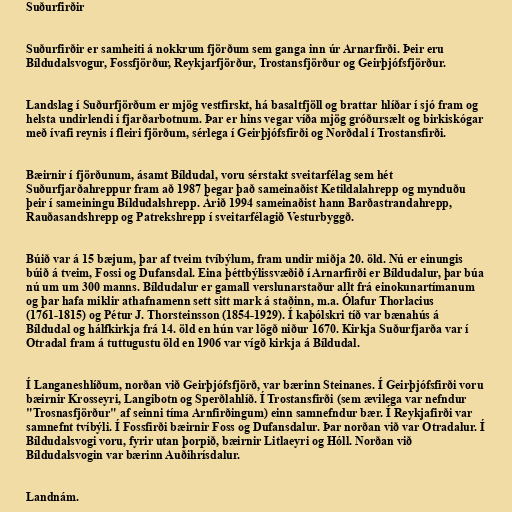
Suðurfirðir

Suðurfirðir er samheiti á nokkrum fjörðum sem ganga inn úr Arnarfirði. Þeir eru
Bíldudalsvogur, Fossfjörður, Reykjarfjörður, Trostansfjörður og Geirþjófsfjörður.

Landslag í Suðurfjörðum er mjög vestfirskt, há basaltfjöll og brattar hlíðar í sjó fram og
helsta undirlendi í fjarðarbotnum. Þar er hins vegar víða mjög gróðursælt og birkiskógar
með ívafi reynis í fleiri fjörðum, sérlega í Geirþjófsfirði og Norðdal í Trostansfirði.

Bæirnir í fjörðunum, ásamt Bíldudal, voru sérstakt sveitarfélag sem hét
Suðurfjarðahreppur fram að 1987 þegar það sameinaðist Ketildalahrepp og mynduðu
þeir í sameiningu Bíldudalshrepp. Árið 1994 sameinaðist hann Barðastrandahrepp,
Rauðasandshrepp og Patrekshrepp í sveitarfélagið Vesturbyggð.

Búið var á 15 bæjum, þar af tveim tvíbýlum, fram undir miðja 20. öld. Nú er einungis
búið á tveim, Fossi og Dufansdal. Eina þéttbýlissvæðið í Arnarfirði er Bíldudalur, þar búa
nú um um 300 manns. Bíldudalur er gamall verslunarstaður allt frá einokunartímanum
og þar hafa miklir athafnamenn sett sitt mark á staðinn, m.a. Ólafur Thorlacius
(1761-1815) og Pétur J. Thorsteinsson (1854-1929). Í kaþólskri tíð var bænahús á
Bíldudal og hálfkirkja frá 14. öld en hún var lögð niður 1670. Kirkja Suðurfjarða var í
Otradal fram á tuttugustu öld en 1906 var vígð kirkja á Bíldudal.

Í Langaneshlíðum, norðan við Geirþjófsfjörð, var bærinn Steinanes. Í Geirþjófsfirði voru
bæirnir Krosseyri, Langibotn og Sperðlahlíð. Í Trostansfirði (sem ævilega var nefndur
"Trosnasfjörður" af seinni tíma Arnfirðingum) einn samnefndur bær. Í Reykjafirði var
samnefnt tvíbýli. Í Fossfirði bæirnir Foss og Dufansdalur. Þar norðan við var Otradalur. Í
Bíldudalsvogi voru, fyrir utan þorpið, bæirnir Litlaeyri og Hóll. Norðan við
Bíldudalsvogin var bærinn Auðihrísdalur.

Landnám.